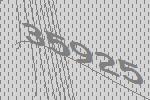
35925